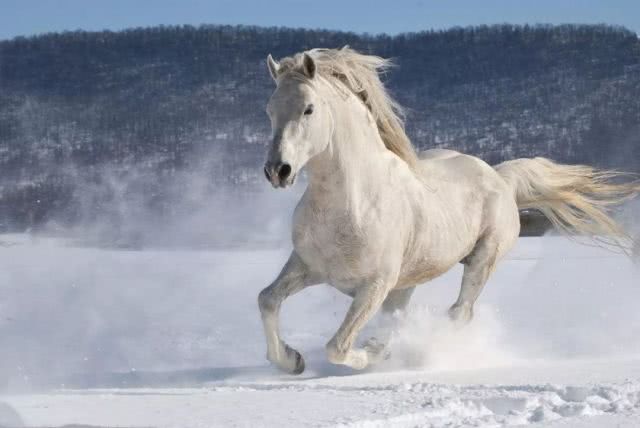
骝马新跨白玉鞍，战罢沙场月色寒。